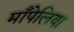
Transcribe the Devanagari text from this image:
माँपेलिया